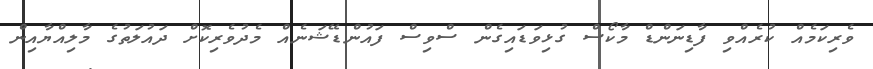
ވެރިކަމެއް ކުރެއްވި ފާޑިނަންޑް މާކޯސް ގުޅިވަޑައިގެން ސްވިސް ފައުންޑޭޝަނެއް މެދުވެރިކޮށް ދައުލަތުގެ މާލިއްޔާއިން